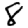
Digit: 8